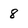
Character: 8